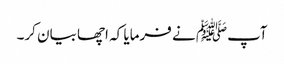
آپﷺ نے فرمایا کہ اچھا بیان کر۔